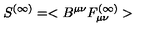
S ^ { ( \infty ) } = < B ^ { \mu \nu } F _ { \mu \nu } ^ { ( \infty ) } >